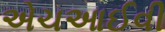
એચઆઈવી